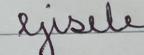
Signature authenticity: forged